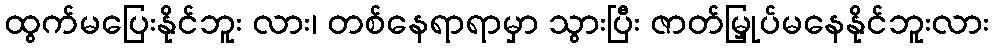
ထွက်မပြေးနိုင်ဘူး လား၊ တစ်နေရာရာမှာ သွားပြီး ဇာတ်မြှုပ်မနေနိုင်ဘူးလား